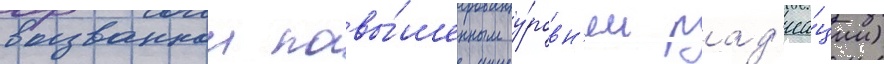
вызваннои повы́шенным у́ровн'ем рад'иа́ции)